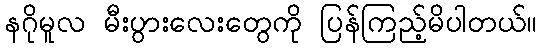
နဂိုမူလ မီးပွားလေးတွေကို ပြန်ကြည့်မိပါတယ်။